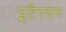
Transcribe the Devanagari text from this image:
इटैरसन